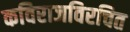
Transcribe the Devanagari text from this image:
कविराजविरचित